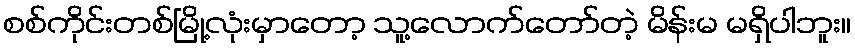
စစ်ကိုင်းတစ်မြို့လုံးမှာတော့ သူ့လောက်တော်တဲ့ မိန်းမ မရှိပါဘူး။